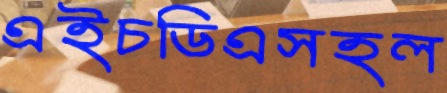
এইচডিএসহল